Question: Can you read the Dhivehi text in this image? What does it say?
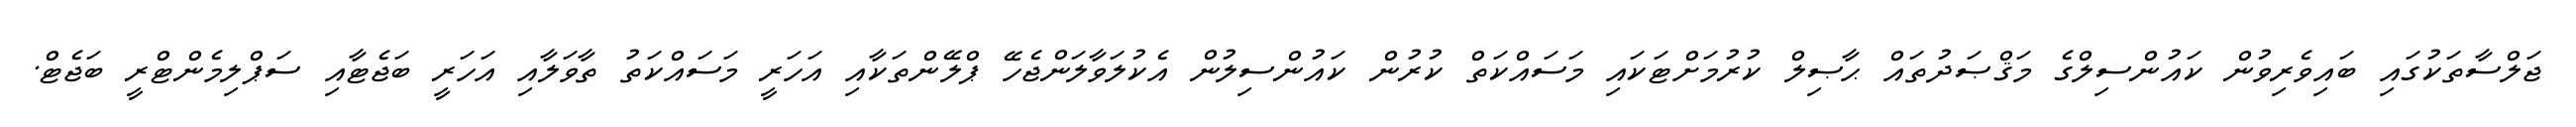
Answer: ޖަލްސާތަކުގައި ބައިވެރިވުން ކައުންސިލްގެ މަޤްޞަދުތައް ޙާޞިލް ކުރުމަށްޓަކައި މަސައްކަތް ކުރުން ކައުންސިލުން އެކުލަވާލަންޖެހޭ ޕްލޭންތަކާއި އަހަރީ މަސައްކަތު ތާވަލާއި އަހަރީ ބަޖެޓާއި ސަޕްލިމެންޓްރީ ބަޖެޓް.